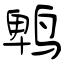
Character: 鹎